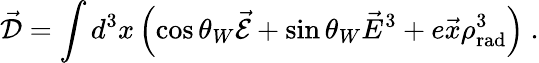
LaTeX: \vec{\cal D}=\int d^{3}x\left(\cos\theta_{W}\vec{\cal E}+\sin\theta_{W}\vec{E}^{3}+e\vec{x}\rho_{\mathrm{rad}}^{3}\right)\ .